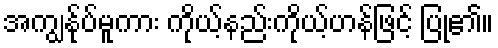
အကျွန်ုပ်မူကား ကိုယ့်နည်းကိုယ့်ဟန်ဖြင့် ပြု၏။